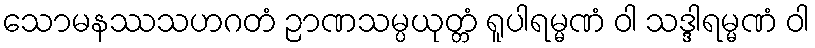
သောမနဿသဟဂတံ ဉာဏသမ္ပယုတ္တံ ရူပါရမ္မဏံ ဝါ သဒ္ဒါရမ္မဏံ ဝါ